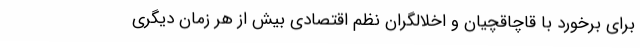
برای برخورد با قاچاقچیان و اخلالگران نظم اقتصادی بیش از هر زمان دیگری